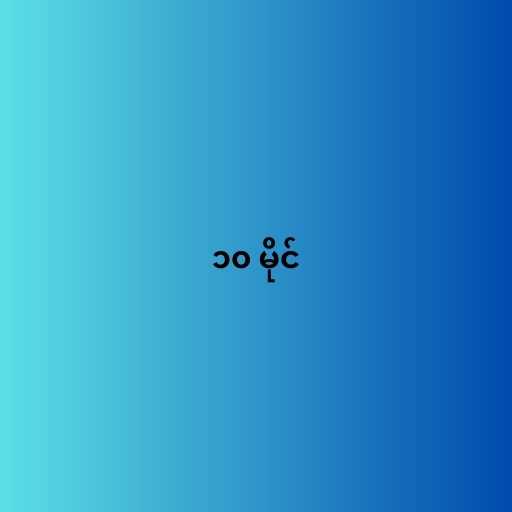
၁၀ မိုင်